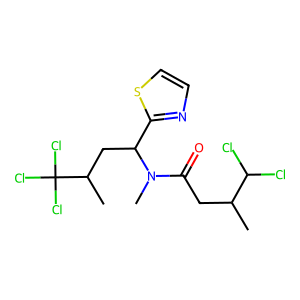
SMILES: CC(CC(=O)N(C)C(CC(C)C(Cl)(Cl)Cl)c1nccs1)C(Cl)Cl
Inhibits HIV replication: No